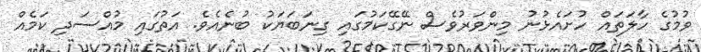
ވުމުގެ ހާލަތައް ހުށައެޅުނު މިންވަރުވެސް ނޭގޭކަމުގައި ގިނަބަޔަކު ބުނެއެވެ. އަތުގައި މުއްސަދި ކަމެއް